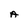
Character: A